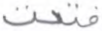
فتحت